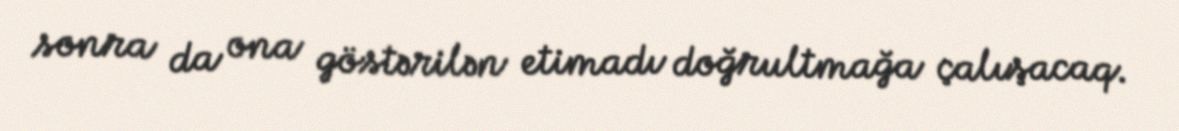
sonra da ona göstərilən etimadı doğrultmağa çalışacaq.